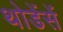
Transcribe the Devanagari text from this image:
थोडेंसें